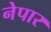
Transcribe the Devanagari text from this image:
नेपार